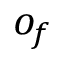
o _ { f }